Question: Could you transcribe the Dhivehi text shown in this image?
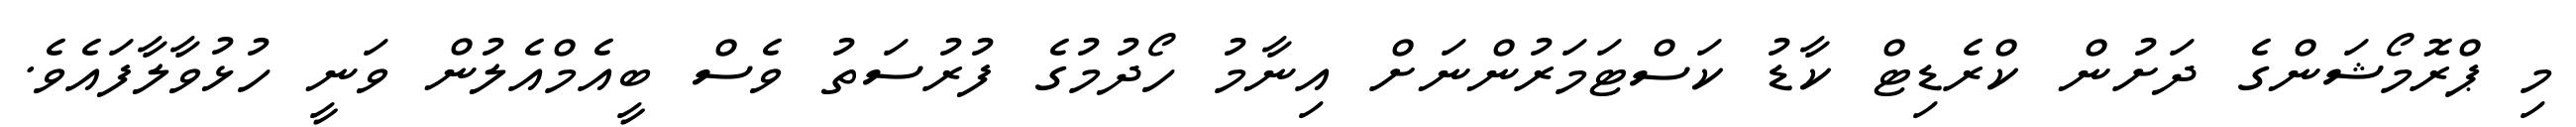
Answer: މި ޕްރޮމޯޝަންގެ ދަށުން ކްރެޑިޓް ކާޑު ކަސްޓަމަރުންނަށް އިނާމު ހޯދުމުގެ ފުރުސަތު ވެސް ބީއެމްއެލުން ވަނީ ހުޅުވާލާފައެވެ.